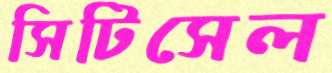
সিটিসেল